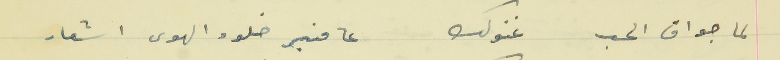
لما جواق الحب غنولك                                       عا منبر خلود الهوى اشعار